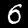
Digit: 6